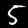
Label: 5